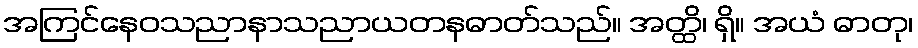
အကြင်နေဝသညာနာသညာယတနဓာတ်သည်။ အတ္ထိ၊ ရှိ။ အယံ ဓာတု၊